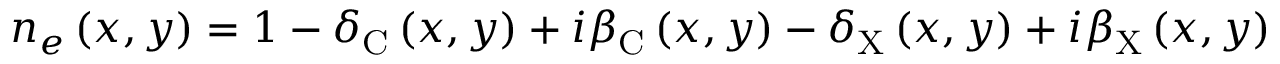
n _ { e } \left( x , y \right) = 1 - \delta _ { \mathrm { C } } \left( x , y \right) + i \beta _ { \mathrm { C } } \left( x , y \right) - \delta _ { \mathrm { X } } \left( x , y \right) + i \beta _ { \mathrm { X } } \left( x , y \right)